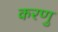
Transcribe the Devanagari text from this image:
करणु